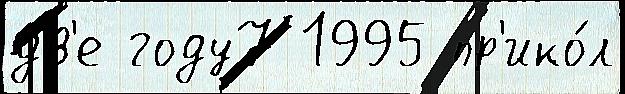
дв'е году7 1995 пр'ико́л